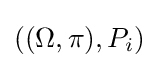
((\Omega ,\pi ),P_{i})